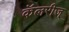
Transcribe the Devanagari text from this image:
कॅलरीज्‌